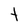
Character: t